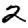
Digit: 2